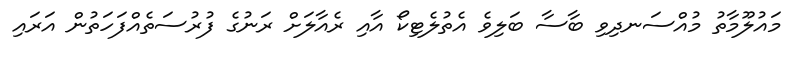
މައުލޫމާތު މުއްސަނދިވި ބާސާ ބަލިވެ އެތުލެޓިކޯ އާއި ރެއާލަށް ރަނުގެ ފުރުސަތެއްފަހަތުން އަރައި